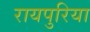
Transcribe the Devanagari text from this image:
रायपुरिया